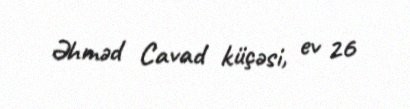
Əhməd Cavad küçəsi, ev 26